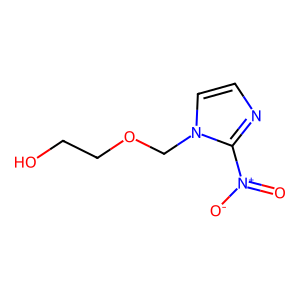
SMILES: O=[N+]([O-])c1nccn1COCCO
Inhibits HIV replication: No